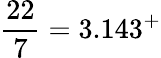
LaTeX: {\frac{22}{7}}=3.143^{+}